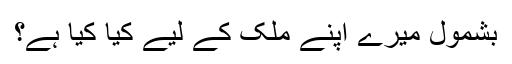
بشمول میرے اپنے ملک کے لیے کیا کیا ہے؟